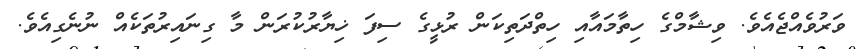
ވަރުވެއްޖެއެވެ. ވިޝާމްގެ ހިތާމައާއި ހިތްދަތިކަން ރުޅީގެ ސިފަ ޚިޔާރުކުރަން މާ ގިނައިރުތަކެއް ނުނެގިއެވެ.